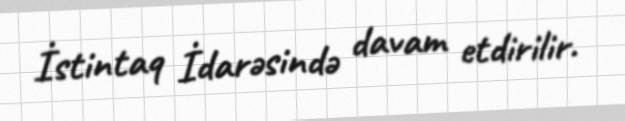
İstintaq İdarəsində davam etdirilir.